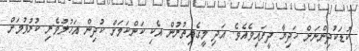
ކުޑަކުދިންނަށް ހަދިޔާ ދީފައިވެއެވެ. އަދި މީގެއިތުރުން އެކި ކަންކަމަށް ކުދިން އަހުލުވެރި ކުރުވުމަށް